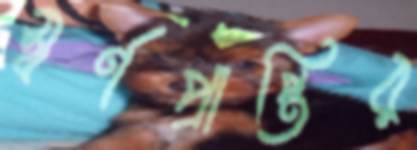
স্বর্ণপ্রাপ্তির